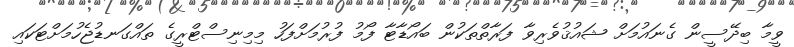
ވީމާ ބިދޭސީން ގެނައުމަށް ޝައުޤުވެރިވާ ފަރާތްތަކުން ބައޯޑާޓާ ފޯމު ފުރުމަށްފަހު މިމިނިސްޓްރީގެ ތައްގަނޑުޖެހުމަށްޓަކައި